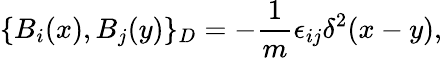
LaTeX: \{ B_{i}(x),B_{j}(y)\} _{D}=-\frac{1}{m}\epsilon_{ij}\delta^{2}(x-y),